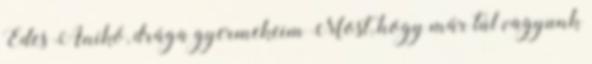
Édes Anikó, drága gyermekeim Most, hogy már túl vagyunk